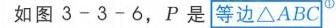
如图3 - 3 - 6，\(P\)是等边\(\triangle ABC^{\textcircled{1}}\)